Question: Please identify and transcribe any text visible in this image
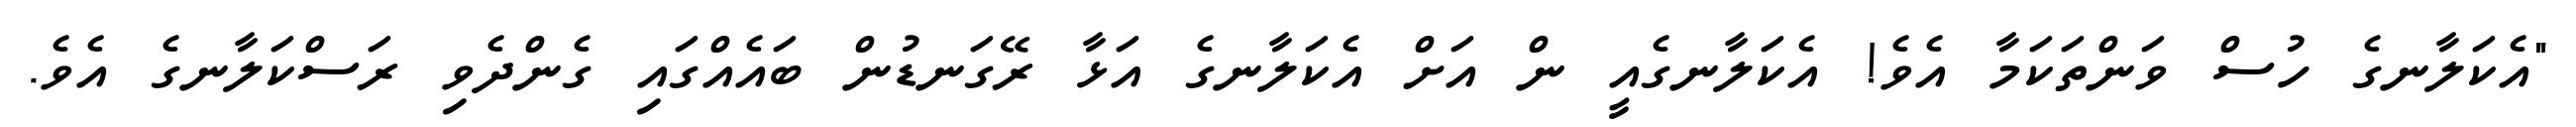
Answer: "އެކަލާނގެ ހުސް ވަންތަކަމާ އެވެ! އެކަލާނގެއީ ން އަށް އެކަލާނގެ އަޅާ ރޭގަނޑުން ބައެއްގައި ގެންދެވި ރަސްކަލާނގެ އެވެ.